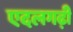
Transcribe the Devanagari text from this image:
एदलगढ़ी